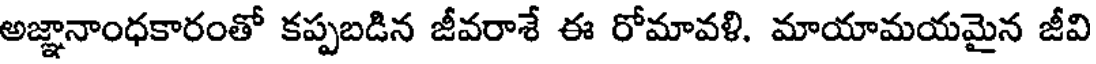
అజ్ఞానాంధకారంతో కప్పబడిన జీవరాశే ఈ రోమావళి. మాయామయమైన జీవి